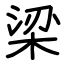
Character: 梁